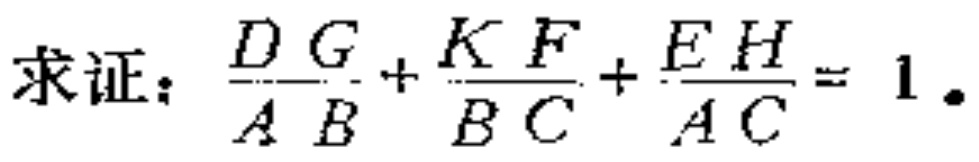
求证：\(\frac{DG}{AB}+\frac{KF}{BC}+\frac{EH}{AC}=1\)。